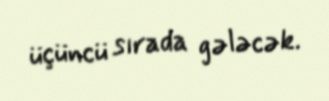
üçüncü sırada gələcək.